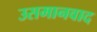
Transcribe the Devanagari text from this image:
उसमानवाद